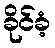
ခိုင်ခံ့